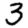
Digit: 3